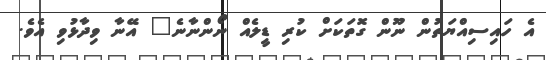
އެ ހައިސިއްޔަތުން ނޫން ގޮތަކަށް ކުރި ޑީލެއް ނޯންނާނެ" އޭނާ ވިދާޅުވި އެވެ.